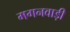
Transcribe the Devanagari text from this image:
मगनवाड़ी